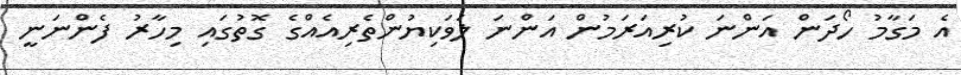
އެ މަގާމު ހޯދަން އަންނަ ކުރިއަރަމުން އަންނަ ލަވަކިޔުންތެރިއެއްގެ ގޮތުގައި މިހާރު ފެންނަނީ